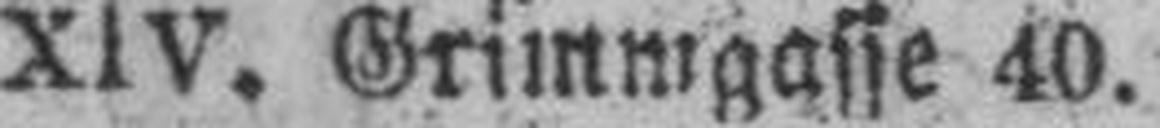
XIV. Grimmgasse 40.